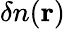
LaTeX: \delta n({\mathbf r})